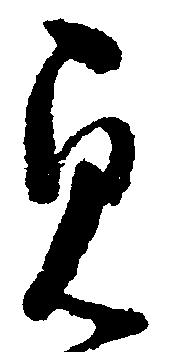
貞